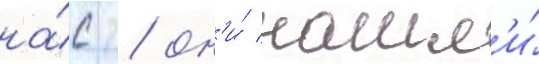
на́с / он'и́ нашл'и́